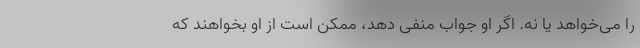
را می‌خواهد یا نه. اگر او جواب منفی دهد، ممکن است از او بخواهند که